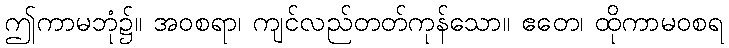
ဤကာမဘုံ၌။ အဝစရာ၊ ကျင်လည်တတ်ကုန်သော။ ဧတေ၊ ထိုကာမဝစရ